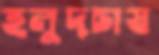
হলুদচাষ